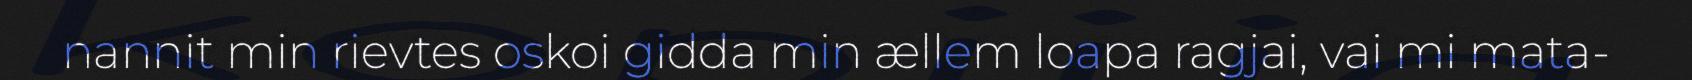
nannit min rievtes oskoi gidda min ællem loapa ragjai, vai mi mata-